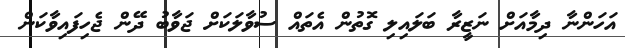
އަހަންނާ ދިމާއަށް ނަޒީރާ ބަލައިލި ގޮތުން އެތައް ސުވާލަކަށް ޖަވާބު ދޭން ޖެހިފައިވާކަން